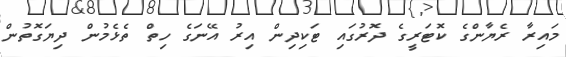
މައިރާ ރެޔާންގެ ކޮޓަރީގެ ދޮރުގައި ޓަކިދިން އިރު އޭނަގެ ހިތް ތެޅެމުން ދިޔަގޮތުން